Report on sanitation, dispensaries, and jails in Rajputana for 1918, and on vaccination for the year 1918-1919 - 1918-1919
Year: 1918
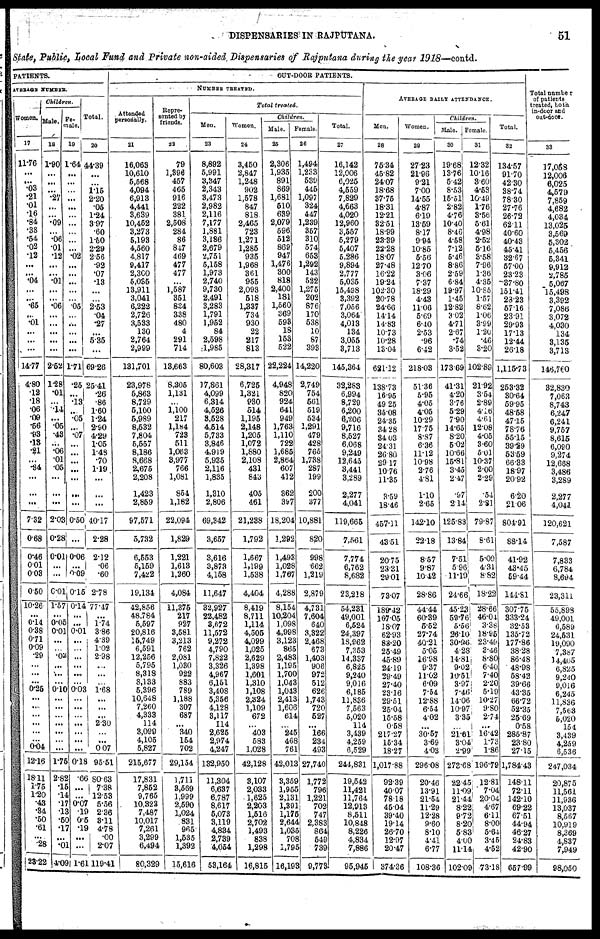
DISPENSARIES IN RAJPUTANA.
51
State, Public, Local Fund and Private non-aided Dispensaries of Rajputana during the year 1918—contd.
PATIENTS.
AVERAGE NUMBER.
Women.
17
11.76
...
...
.03
.21
.01
.16
.84
.38
.54
.02
.12
...
...
.04
...
...
.65
...
.01
...
...
...
14.77
4.80
.12
.18
.06
.09
.56
.93
.13
.21
...
.34
...
...
...
7.32
0.68
0.46
0.01
0.03
0.50
10.26
... 0.14
0.38
0.71
0.09
.29
...
...
...
0.25
...
...
...
...
...
...
0.04
12.16
18.11
1.75
1.20
.48
.34
.50
.61
...
.28
23.22
Children.
Male.
18
1.90
...
...
...
.27
...
...
.09
...
.06
.01
.12
...
...
.01
...
...
.06
...
...
...
...
...
2.52
1.28
.01
...
.14
...
.05
.43
...
.06
.01
.05
...
...
...
2.03
0.28
0.01
...
...
0.01
1.57
... 0.05
0.01
...
...
.02
...
...
...
0.10
...
...
...
...
...
...
...
1.75
2.82
.15
14
.17
.13
.50
.17
...
.01
4.09
Fe¬
male.
19
1.64
...
...
...
...
...
...
...
...
...
...
.02
...
...
...
...
...
.05
...
...
...
...
...
1.71
.25
...
.13
...
.05
...
.07
...
...
...
...
...
...
...
0.50
...
0.06
...
0.09
0.15
0.14
...
...
0.01
...
...
...
...
...
...
0.03
...
...
...
...
...
...
...
0.18
.66
...
...
0.07
.19
0.5
.19
...
...
1.61
Total.
20
44.39
...
...
1.15
2.20
.05
1.24
3.97
.60
1.50
2.29
2.56
.92
.07
.13
...
...
2.53
.04
.27
...
5.35
...
69.26
25.41
.26
.86
1.60
1.24
2.90
4.29
1.05
1.48
.70
1.19
...
...
...
40.17
2.28
2.12
.06
.60
2.78
77.47
... 1.74
3.86
4.39
1.02
2.98
...
...
...
1.68
...
...
...
2.30
...
...
0.07
95.51
80.63
7.38
12.53
5.56
2.36
3.11
4.78
.00
2.07
119.41
OUT-DOOR PATIENTS.
NUMBER TREATED.
Attended
personally.
21
16,063
10,610
5,568
4,094
6,913
4,441
3,639
10,452
3,273
5,193
4,560
4,817
9,417
2,300
5,035
13,911
3,041
6,222
2,726
3,533
130
2,764
2,999
131,701
23,978
5,863
8,729
5,100
5,989
8,532
7,804
5,557
8,186
8,668
2,675
2,208
1,423
2,859
97,571
5,732
6,553
5,159
7,422
19,134
42,856
48,784
5,597
20,816
15,749
6,591
12,256
5,795
8,318
8,133
5,396
10,648
7,260
4,333
114
3,099
4,105
5,827
215,677
17,831
7,852
9,765
10,323
7,487
10,017
7,261
3,299
6,494
80,329
Repre¬
sented by
friends.
22
79
1,396
457
465
916
222
381
2,508
284
86
847
469
477
477
...
1,587
351
834
338
480
4
291
714
13,663
8,305
1,131
...
1,100
217
1,184
723
511
1,063
3,977
766
1,081
854
1,182
22,094
1,829
1,221
1,613
1,260
4,084
11,375
217
927
3,581
3,213
762
2,081
1,030
922
883
789
1,188
307
687
...
340
154
702
29,154
1,711
3,569
1,999
2,590
1,024
831
965
1,535
1,392
15,616
Total treated.
Men.
23
8,892
5,991
3,347
2,343
3,473
2,982
2,116
7,177
1,881
3,186
2,679
2,751
5,158
1,973
2,740
9,730
2,491
3,283
1,791
1,952
84
2,598
1,985
80,603
17,861
4,099
6,314
4,526
3,528
4,514
5,733
3,846
4,919
5,935
2,116
1,835
1,310
2,806
69,342
3,657
3,616
3,873
4,158
11,647
32,927
22,482
3,672
11,572
9,272
4,790
7,822
3,326
4,967
6,151
3,408
5,356
4,128
3,117
114
2,625
2,974
4,247
132,950
11,304
6,637
6,787
8,617
5,073
3,119
4,834
2,739
4,054
53,164
Women.
24
3,450
2,847
1,248
902
1,578
847
818
2,465
723
1,271
1,285
935
1,968
361
955
2,093
518
1,337
734
930
22
217
813
28,317
6,725
1,321
930
514
1,195
2,148
1,205
1,072
1,880
2,108
431
843
405
461
21,238
1,792
1,667
1,199
1,538
4,404
8,419
8,711
1,114
4,505
4,099
1,025
2,629
1,398
1,601
1,310
1,108
2,324
1,109
672
...
403
583
1,028
42,128
3,107
2,033
1,625
2,203
1,516
2,702
1,493
838
1,298
16,815
Children.
Male.
25
2,306
1,935
891
869
1,681
510
639
2,079
596
512
869
947
1,476
300
818
2,400
181
1,560
369
593
18
153
522
22,224
4,948
820
924
641
949
1,763
1,110
722
1,685
2,864
607
412
362
397
18,204
1,292
1,493
1,028
1,767
4,288
8,154
10,204
1,098
4,998
3,123
865
2,483
1,195
1,700
1,043
1,043
2,413
1,606
614
...
245
468
761
42,013
3,359
1,955
2,131
1,391
1,175
2,644
1,035
708
1,795
16,193
Female.
26
1,494
1,233
539
445
1,097
324
447
1,239
357
310
574
653
1,292
143
522
1,275
202
876
170
538
10
87
393
14,220
2,749
754
561
519
534
1,291
479
428
765
1,738
287
199
200
377
10,881
820
998
662
1,219
2,879
4,731
7,604
640
3,322
2,468
673
1,403
906
972
512
626
1,743
720
527
...
166
234
493
27,740
1,772
796
1,221
702
747
2,383
864
549
739
9,773
Total.
27
16,142
12,006
6,025
4,559
7,829
4,663
4,020
12,960
3,557
5,279
5,407
5,286
9,894
2,777
5,035
15,498
3,392
7,056
3,064
4,013
134
3,055
3,713
145,364
32,283
6,994
8,729
6,200
6,206
9,716
8,527
6,068
9,249
12,645
3,441
3,289
2,277
4,041
119,665
7,561
7,774
6,762
8,682
23,218
54,231
49,001
6,524
24,397
18,962
7,353
14,337
6,825
9,240
9,016
6,185
11,836
7,563
5,020
114
3,439
4,259
6,529
244,831
19,542
11,421
11,764
12,913
8,511
10,848
8,226
4,834
7,886
95,945
AVERAGE DAILY ATTENDANCE.
Men.
28
75.34
45.82
24.07
18.68
37.75
18.31
12.21
32.51
18.99
23.89
22.28
18.07
27.48
16.22
19.24
102.30
20.78
24.66
14.14
14.83
10.73
10.28
13.04
621.12
138.73
16.95
49.25
35.08
24.35
34.28
34.03
24.31
26.80
29.17
10.76
11.35
3.59
18.46
457.11
43.51
20.75
23.31
29.01
73.07
189.42
167.05
18.07
62.93
83.20
25.49
45.89
24.19
29.49
27.40
23.16
29.51
25.04
15.58
0.58
217.27
15.34
18.27
1,017.88
92.39
40.07
78.18
45.04
39.40
19.14
26.70
12.97
20.47
374.36
Women.
29
27.23
21.96
9.21
7.00
14.55
4.87
6.19
13.59
8.17
9.94
10.85
5.56
12.70
3.06
7.37
18.29
4.43
11.06
5.69
6.40
2.53
.96
6.42
218.03
51.36
5.95
4.05
4.05
10.29
17.75
8.87
6.36
11.12
10.98
2.76
4.81
1.10
2.65
142.10
22.18
8.57
9.87
10.42
28.86
44.44
60.39
5.52
27.74
40.21
5.05
16.98
9.37
11.02
6.09
7.54
12.88
6.54
4.02
...
30.57
3.69
4.03
296.08
20.46
13.91
21.54
11.29
12.28
9.60
8.10
4.41
6.77
108.36
Children.
Male.
30
19.68
13.76
5.42
8.53
15.51
2.82
4.76
10.40
8.46
4.58
7.12
5.46
8.86
2.59
6.84
19.97
1.45
12.82
3.02
4.71
2.67
.74
3.52
173.69
41.31
4.20
3.76
5.29
7.90
14.65
8.20
5.02
10.66
15.81
3.45
2.47
.97
2.14
125.83
13.84
7.51
5.96
11.19
24.66
45.23
59.76
5.56
26.10
30.96
4.28
14.81
9.02
10.51
3.97
7.46
14.06
10.97
3.35
...
21.61
3.04
2.99
273.68
22.45
11.09
21.44
8.22
9.72
8.20
5.83
4.00
11.14
102.09
Female.
31
12.32
10.16
3.60
4.53
10.49
1.76
3.56
5.61
4.98
2.52
5.16
3.58
7.96
1.36
4.35
10.85
1.57
8.62
1.06
3.99
1.20
.46
3.20
102.89
21.92
3.54
2.89
4.16
4.61
12.08
4.05
3.60
5.01
10.37
2.00
2.29
.54
2.81
79.87
8.61
5.09
4.31
8.82
18.22
28.66
46.04
3.38
18.95
23.49
3.46
8.80
6.40
7.40
2.20
5.19
10.27
9.80
2.74
...
16.42
1.73
1.86
196.79
12.81
7.04
20.04
4.67
6.11
8.00
5.64
3.45
4.52
73.18
Total.
32
134.57
91.70
42.30
38.74
78.30
27.76
26.72
62.11
40.60
40.43
45.41
32.67
57.00
23.23
37.80
151.41
28.23
57.16
23.91
29.93
17.13
12.44
26.18
1,115.73
253.32
30.64
59.95
48.58
47.15
78.76
55.15
39.29
53.59
66.33
18.97
20.92
6.20
21.06
804.91
88.14
41.92
43.45
59.44
144.81
307.75
333.24
32.53
135.72
177.86
38.28
86.48
48.98
58.42
39.66
43.35
66.72
52.35
25.69
0.58
285.87
23.80
27.15
1,784.43
148.11
72.11
142.10
69.22
67.51
44.94
46.27
24.83
42.90
657.99
Total number
of patients
treated, both
in-door and
out-door.
33
17,058
12,006
6,025
4,579
7,859
4,682
4,034
13,025
3,569
5,302
5,456
5,341
9,912
2,785
5,067
15,498
3,392
7,086
3,072
4,030
134
3,135
3,713
146,760
32,830
7,063
8,743
6,247
6,241
9,757
8,615
6,090
9,274
12,688
3,486
3,289
2,277
4,041
120,621
7,587
7,833
6,784
8,694
23,311
55,898
49,001
6,589
24,531
19,090
7,387
14,405
6,825
9,240
9,016
6,245
11,836
7,563
5,020
154
3,439
4,259
6,536
247,034
20,875
11,561
11,936
13,037
8,567
10,919
8,369
4,837
7,949
98,050